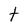
Character: t